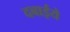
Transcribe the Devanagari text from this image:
दबाईये